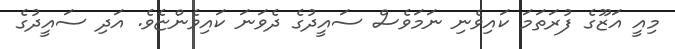
މިއީ އަޒޫގެ ފުރަތަމަ ކައިވެނި ނަަމަވެސް ސައީދުގެ ދެވަނަ ކައިވެންޏެވެ. އަދި ސައީދުގެ